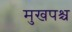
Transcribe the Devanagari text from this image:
मुखपश्च